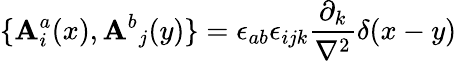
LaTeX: \{ {\mathbf{A}_{i}^{a}}(x),{\mathbf{A}^{b}}_{j}(y)\} ={\epsilon_{ab}}{\epsilon_{ijk}}{\frac{{\partial_{k}}}{{\mathbf{\nabla}^{2}}}}\delta(x-y)